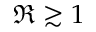
\Re \gtrsim 1